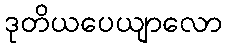
ဒုတိယပေယျာလော